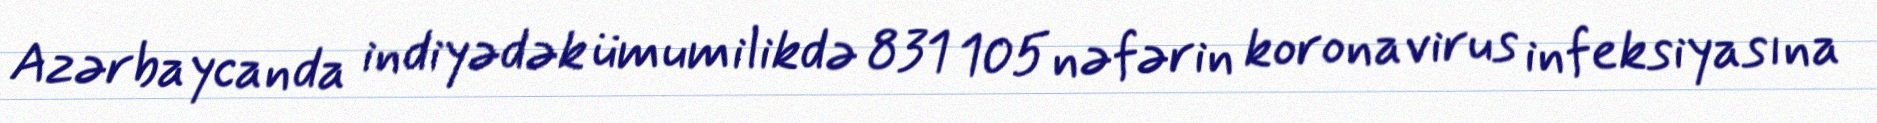
Azərbaycanda indiyədək ümumilikdə 831 105 nəfərin koronavirus infeksiyasına